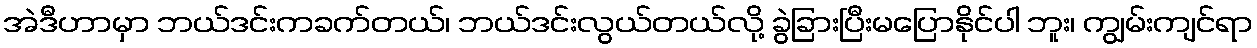
အဲဒီဟာမှာ ဘယ်ဒင်းကခက်တယ်၊ ဘယ်ဒင်းလွယ်တယ်လို့ ခွဲခြားပြီးမပြောနိုင်ပါ ဘူး၊ ကျွမ်းကျင်ရာ